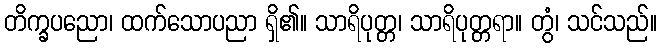
တိက္ခပညော၊ ထက်သောပညာ ရှိ၏။ သာရိပုတ္တ၊ သာရိပုတ္တရာ။ တွံ၊ သင်သည်။